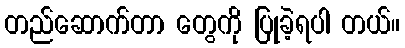
တည်ဆောက်တာ တွေကို ပြုခဲ့ရပါ တယ်။